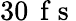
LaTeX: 30\, \mathrm{~f~s~}